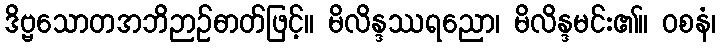
ဒိဗ္ဗသောတအဘိဉာဉ်ဓာတ်ဖြင့်။ မိလိန္ဒဿရညော၊ မိလိန္ဒမင်း၏။ ဝစနံ၊